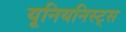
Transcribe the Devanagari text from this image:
यूनियनिस्ट्स